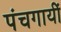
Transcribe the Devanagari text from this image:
पंचगायीं